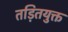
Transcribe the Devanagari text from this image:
तड़ितयुक्त